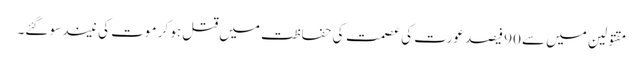
مقتولین میں سے 90 فیصد عورت کی عصمت کی حفاظت میں قتل ہو کر موت کی نیند سو گئے۔